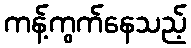
ကန့်ကွက်နေသည့်